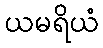
ယမရိယံ